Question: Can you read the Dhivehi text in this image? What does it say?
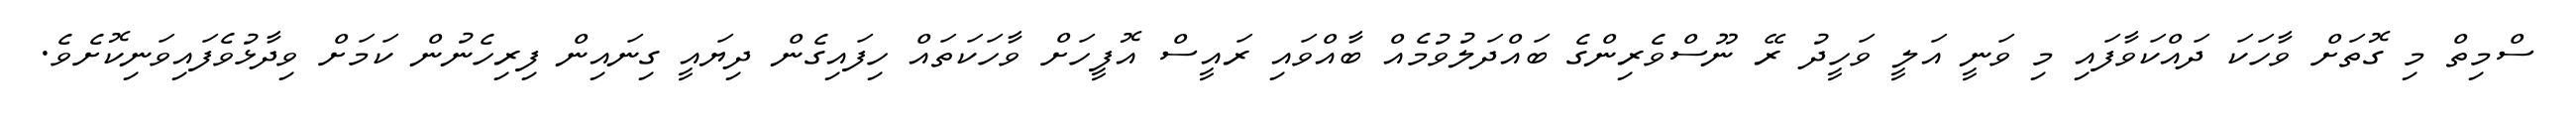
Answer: ސްމިތް މި ގޮތަށް ވާހަކަ ދައްކަވާފައި މި ވަނީ އަލީ ވަހީދު ރޭ ނޫސްވެރިންގެ ބައްދަލުވުމެއް ބާއްވައި ރައީސް އޮފީހަށް ވާހަކަތައް ހިފައިގެން ދިޔައީ ގިނައިން ފިރިހެނުން ކަމަށް ވިދާޅުވެފައިވަނިކޮށެވެ.